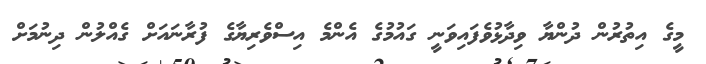
މީގެ އިތުރުން ދުންޔާ ވިދާޅުވެފައިވަނީ ގައުމުގެ އެންމެ އިސްވެރިޔާގެ ފުރާނައަށް ގެއްލުން ދިނުމަށް